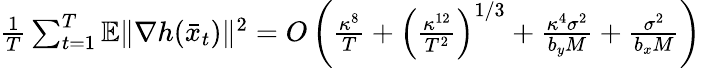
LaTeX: \begin{array}{r}{\frac{1}{T}\sum_{t=1}^{T}\mathbb{E}\| \nabla h(\bar{x}_{t})\| ^{2}=O\left(\frac{\kappa^{8}}{T}+\left(\frac{\kappa^{12}}{T^{2}}\right)^{1/3}+\frac{\kappa^{4}\sigma^{2}}{b_{y}M}+\frac{\sigma^{2}}{b_{x}M}\right)}\end{array}